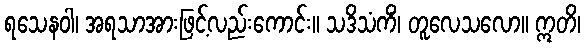
ရသေနဝါ၊ အရသာအားဖြင့်လည်းကောင်း။ သဒိသံကိံ၊ တူလေသလော။ ဣတိ၊